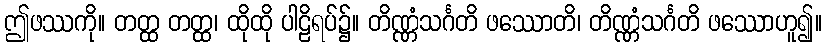
ဤဖဿကို။ တတ္ထ တတ္ထ၊ ထိုထို ပါဠိရပ်၌။ တိဏ္ဏံသင်္ဂတိ ဖဿောတိ၊ တိဏ္ဏံသင်္ဂတိ ဖဿောဟူ၍။